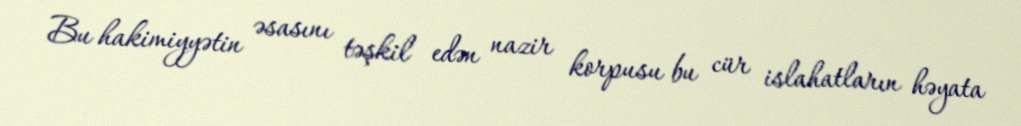
Bu hakimiyyətin əsasını təşkil edən nazir korpusu bu cür islahatların həyata